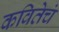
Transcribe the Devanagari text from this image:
कवितेचं